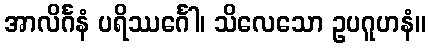
အာလိင်္ဂနံ ပရိဿင်္ဂေါ၊ သိလေသော ဥပဂူဟနံ။